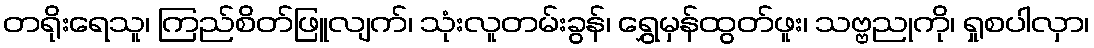
တရိုးရေသူ၊ ကြည်စိတ်ဖြူလျက်၊ သုံးလူတမ်းခွန်၊ ရွှေမှန်ထွတ်ဖူး၊ သဗ္ဗညုကို၊ ရှုစပါလှာ၊